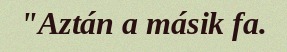
"Aztán a másik fa.